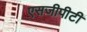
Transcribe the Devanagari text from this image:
एसजीपीटी